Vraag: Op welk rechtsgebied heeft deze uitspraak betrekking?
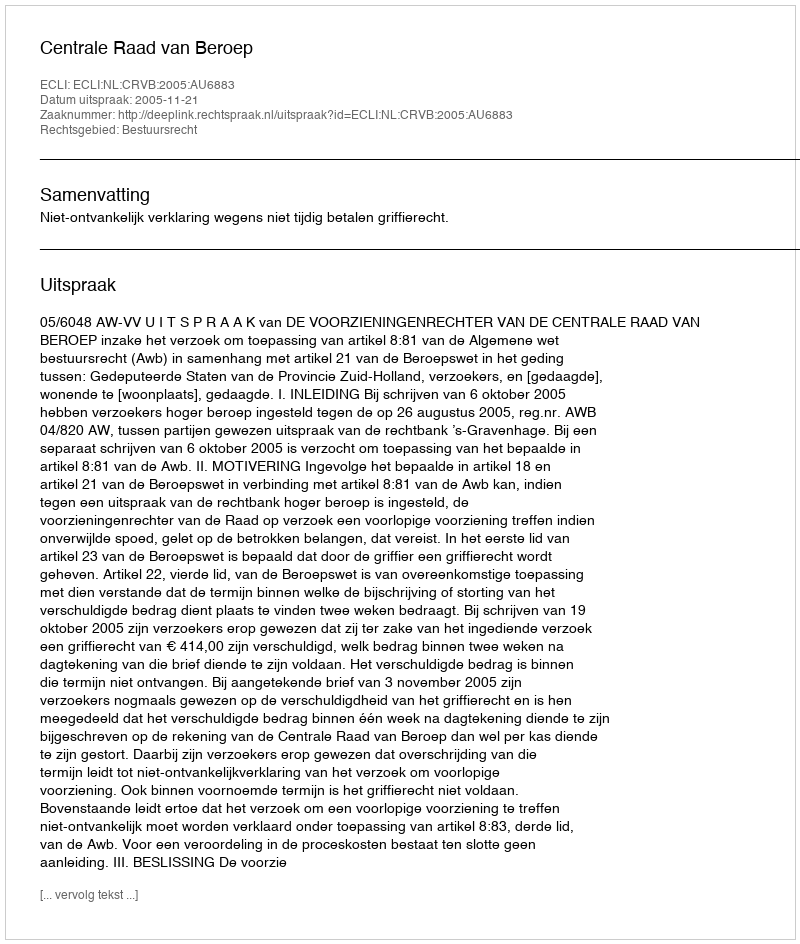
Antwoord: Bestuursrecht